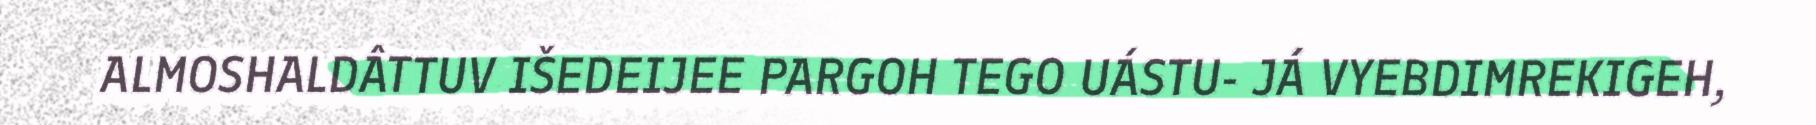
ALMOSHALDÂTTUV IŠEDEIJEE PARGOH TEGO UÁSTU- JÁ VYEBDIMREKIGEH,